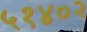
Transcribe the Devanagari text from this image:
५१४०२